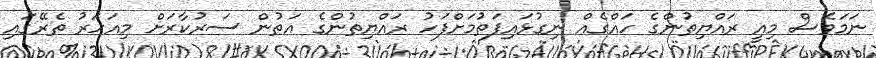
ނަމަވެސް މިއީ ރައްޔިތުންގެ ހައްގެއް ނިގުޅައިފަތުމަށްފަހު ރައްޔިތުންގެ އަތުން ސަރުކާރަށް މިއަހަރު ތެރޭގައި